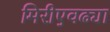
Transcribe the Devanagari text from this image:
मिरीएवढ्या